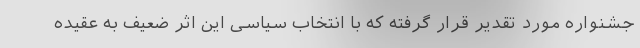
جشنواره مورد تقدیر قرار گرفته که با انتخاب سیاسی این اثر ضعیف به عقیده